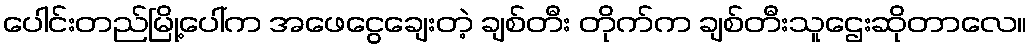
ပေါင်းတည်မြို့ပေါ်က အဖေငွေချေးတဲ့ ချစ်တီး တိုက်က ချစ်တီးသူဌေးဆိုတာလေ။